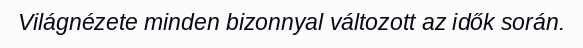
Világnézete minden bizonnyal változott az idők során.